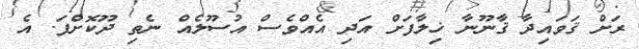
ރަށް ޤަވައިދާ ޤާނޫނާ ޚިލާފަށް އަދި އެއްވެސް އުސޫލެއް ނެތި ދޫކޮށްފަ. އެ